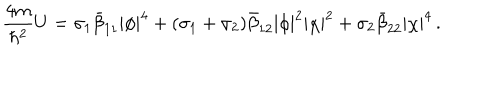
\frac { 4 m } { \hbar ^ { 2 } } U = \sigma _ { 1 } \bar { \beta } _ { 1 1 } | \phi | ^ { 4 } + ( \sigma _ { 1 } + \sigma _ { 2 } ) \bar { \beta } _ { 1 2 } | \phi | ^ { 2 } | \chi | ^ { 2 } + \sigma _ { 2 } \bar { \beta } _ { 2 2 } | \chi | ^ { 4 } \, .